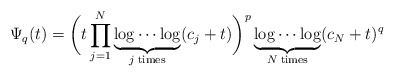
\begin{align*} \Psi_q(t)=\bigg(t\prod_{j=1}^N\underbrace{\log\cdots\log}_{j\;\mathrm{times}}(c_j+t)\bigg)^p\underbrace{\log\cdots\log}_{N\;\mathrm{times}}(c_N+t)^q\end{align*}